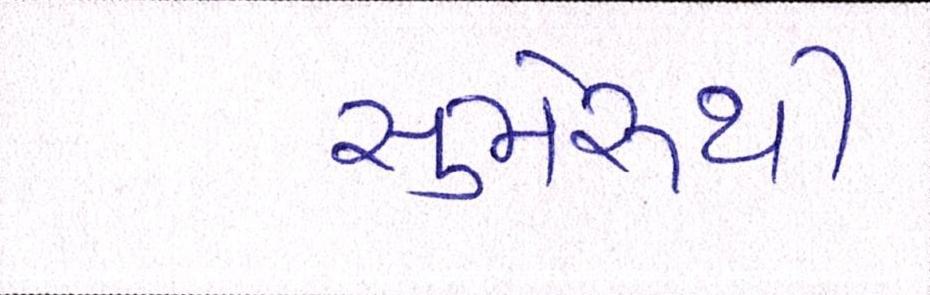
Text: સુમેરૂથી